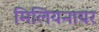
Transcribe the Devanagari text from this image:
मिलियनायर